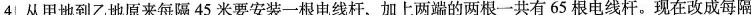
4 从甲地到乙地原来每隔45米要安装一根电线杆，加上两端的两根一共有65根电线杆。现在改成每隔